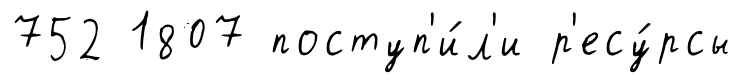
752 1807 поступ'и́л'и р'есу́рсы